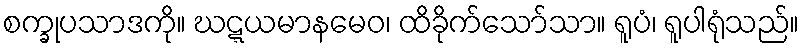
စက္ခုပသာဒကို။ ဃဋ္ဋယမာနမေဝ၊ ထိခိုက်သော်သာ။ ရူပံ၊ ရူပါရုံသည်။